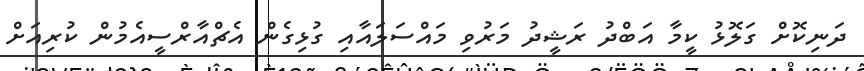
ދަނިކޮށް ގަލޮޅު ކީމާ އަބްދު ރަޝީދު މަރުވި މައްސަލައާއި ގުޅިގެން އެޗްއާރްސީއެމުން ކުރިއަށް